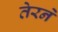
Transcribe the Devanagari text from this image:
तेरने